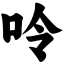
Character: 呤